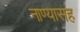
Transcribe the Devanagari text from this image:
नाण्यासह